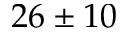
2 6 \pm 1 0